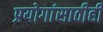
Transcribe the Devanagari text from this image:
प्रयोगांसाठीही